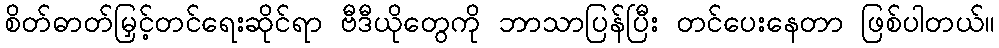
စိတ်ဓာတ်မြှင့်တင်ရေးဆိုင်ရာ ဗီဒီယိုတွေကို ဘာသာပြန်ပြီး တင်ပေးနေတာ ဖြစ်ပါတယ်။